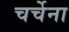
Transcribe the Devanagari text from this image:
चर्चेना